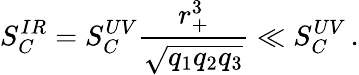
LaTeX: S_{C}^{IR}=S_{C}^{UV}\frac{r_{+}^{3}}{\sqrt{q_{1}q_{2}q_{3}}}\ll S_{C}^{UV}\, .